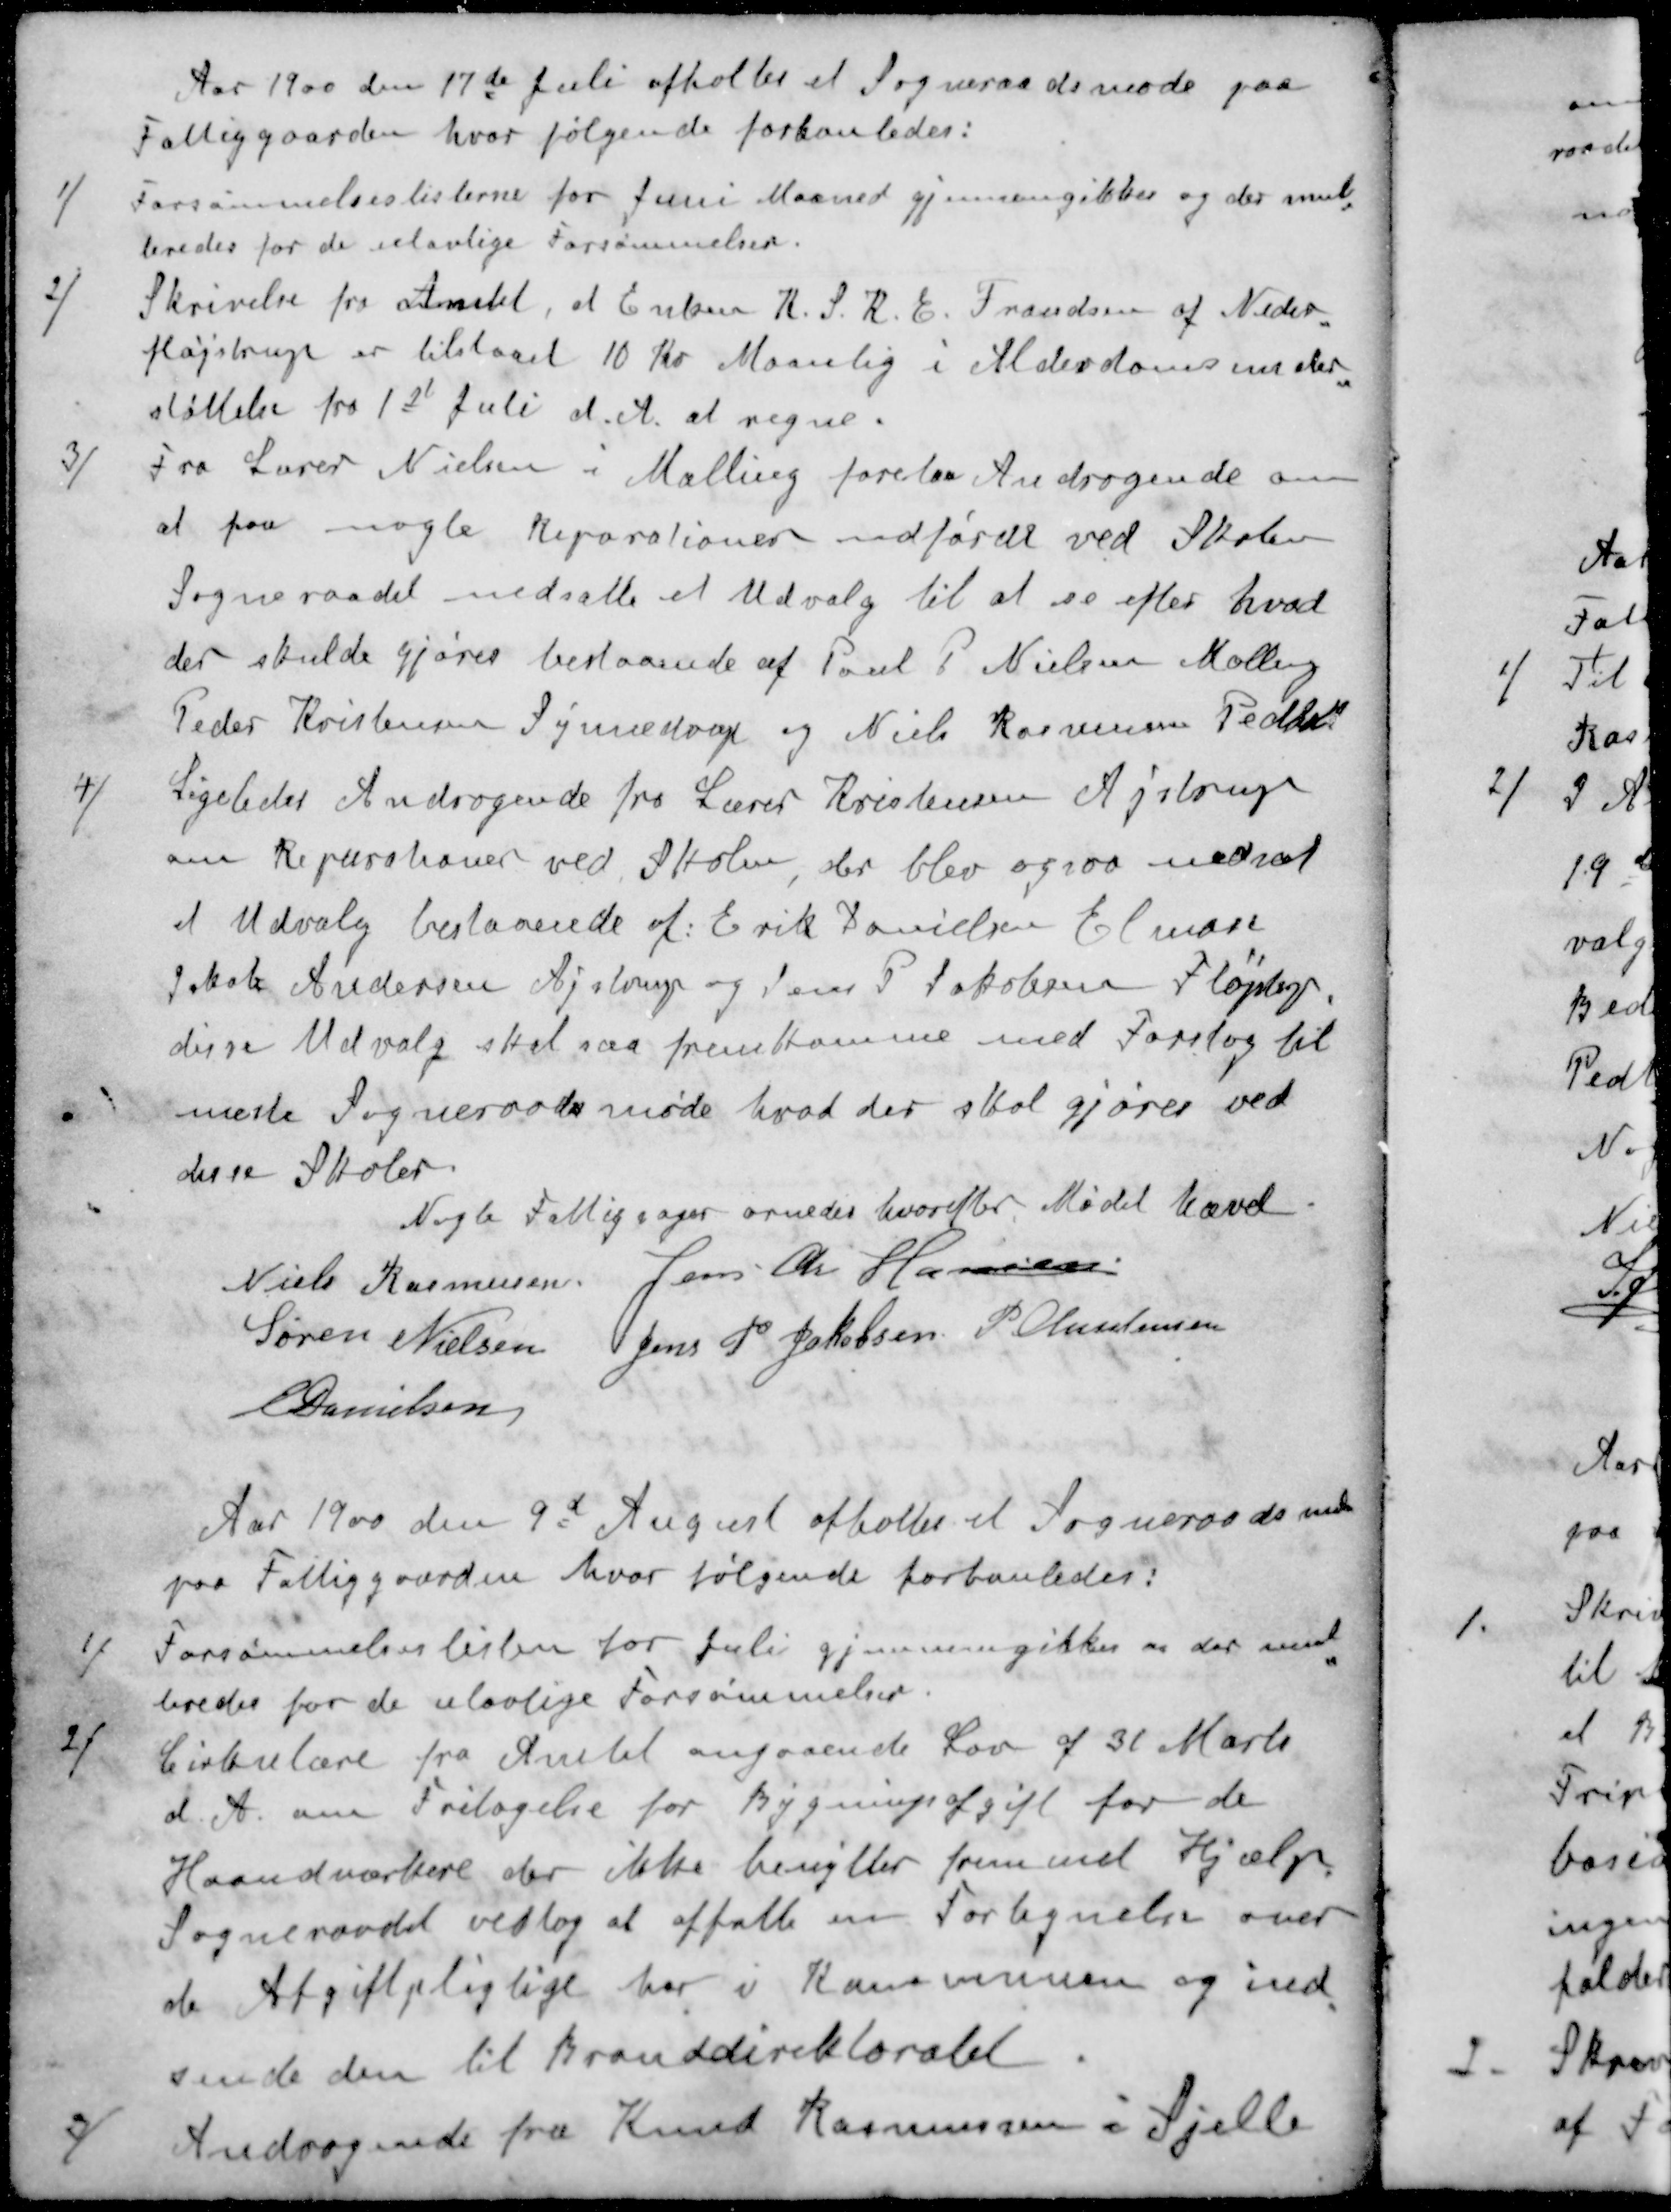
Transskription:
Aar 1900 den 17de Juli afholdes et Sogneraadsmøde paa
Fattiggaarden hvor følgende forhanledes:
1 / Forsømmelseslisterne for Juni Maaned gjennemgikkes og der mul
leredes for de ulovlige Forsømmelser.
2 / Skrivelse fra Amtet, at Enken K. S. R. E. Frandsen af Neder
fløjstrup er tilstaaet 10 Kr Maanlig i Alderdomsunder
støttelse fra 1st Juli d. A. at regne.
3 / Fra Lærer Nielsen i Malling forelaa Andragende om
at paa nogle Reparationer udførdt ved Skolen
Sogneraadet nedsatte et Udvalg til at se efter hvad
der skulde gjøres bestaaende af Poul P Nielsen Malling
Peder Kristensen Synnedrup og Niels Rasmussen Pedholt
4 / Ligeledes Andragende fra Lærer Kristensen Ajstrup
om Reparationer ved Skolen, der blev ogsaa nedsat
af Udvalg bestaaende af: Erik Danielsen Elmose
Jakob Andersen Ajstrup og Jens P Jakobsen Fløjstrup
disse Udvalg skal saa fremkomme med Forslag til
næste Sogneraadsmøde hvad der skal gjøres ved
disse Skoler.
Nogle Fattigsager ornedes hvorefter Mødet hævet
Niels Rasmussen
Jens Chr Hansen
Søren Nielsen
Jens P. Jakobsen
P Christensen
E Danielsen
Aar 1900 den 9d August afholdtes et Sogneraadsmøde
paa Fattiggaarden, hvor følgende forhanledes:
1 / Forsømmelseslisten for Juli gjennemgikkes og der mul
teredes for de ulovlige Forsømmelser.
2 / Cirkulære fra Amtet angaaende Lov af 31 Marts
d. A. om Fritagelse for Bygningsafgift for de
Haandværkere der ikke benytter fremmet Hjælp
Sogneraadet vedtog at affatte en Fortegnelse over
de Afgiftpligtige her i Kommunen og ind
sende den til Branddirektoratet
3 / Andragende fra Knud Rasmussen i Sjelle